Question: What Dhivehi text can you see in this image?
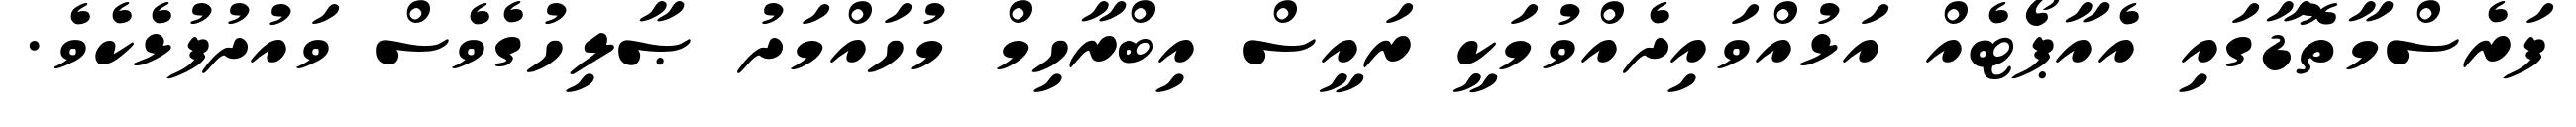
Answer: ފަރެސްމާތޮޑާގައި އެއާޕޯޓެއް އަޅުއްވައިދެއްވުމަކީ ރައީސް އިބްރާހިމް މުހައްމަދު ޞާލިހުގެވެސް ވައުދުފުޅެކެވެ.